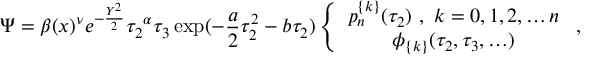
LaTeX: \Psi = { \beta ( x ) } ^ { \nu } e ^ { - \frac { Y ^ { 2 } } { 2 } } { \tau _ { 2 } } ^ { \alpha } \tau _ { 3 } \exp ( - \frac { a } { 2 } \tau _ { 2 } ^ { 2 } - b \tau _ { 2 } ) \left\{ \begin{array} { c } { { p _ { n } ^ { \{ k \} } ( \tau _ { 2 } ) \ , \ k = 0 , 1 , 2 , \ldots n } } \\ { { \phi _ { \{ k \} } ( \tau _ { 2 } , \tau _ { 3 } , \ldots ) } } \end{array} \ , \right.